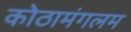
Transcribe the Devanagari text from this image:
कोठामंगलम